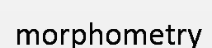
morphometry